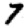
Digit: 7